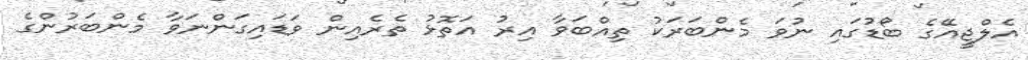
އެލްޖީއޭގެ ބޯޑުގައި ނުވަ މެންބަރަކު ތިއްބަވާ އިރު އަތޮޅު ތެރެއިން ވަޑައިގަންނަވާ މެންބަރުންގެ